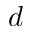
d